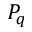
P _ { q }